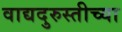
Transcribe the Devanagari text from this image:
वाद्यदुरुस्तीच्या